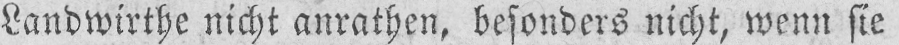
Landwirthe nicht anrathen, besonders nicht, wenn sie